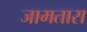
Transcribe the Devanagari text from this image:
जामतारा